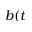
b ( t